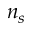
n _ { s }